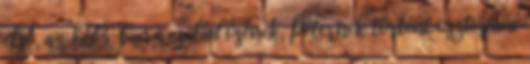
első, az 1273-ban a család ősének, Péternek történt osztopáni